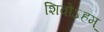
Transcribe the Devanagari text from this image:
शिवोऽहम्